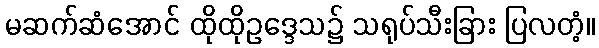
မဆက်ဆံအောင် ထိုထိုဥဒ္ဒေသ၌ သရုပ်သီးခြား ပြလတံ့။